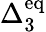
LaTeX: \Delta_{3}^{\mathrm{eq}}